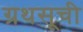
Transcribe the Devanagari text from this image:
ग्रथसूची